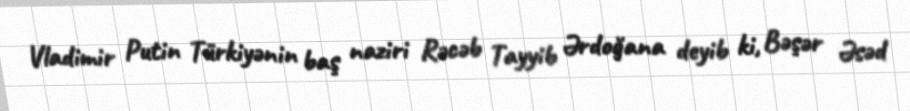
Vladimir Putin Türkiyənin baş naziri Rəcəb Tayyib Ərdoğana deyib ki, Bəşər Əsəd